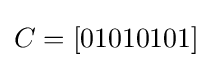
C=[01010101]